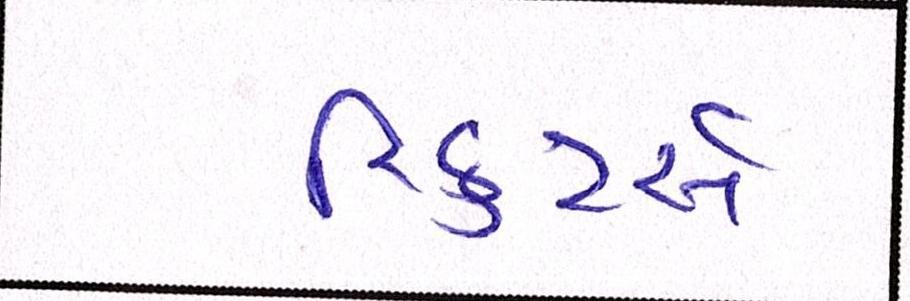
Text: રિક્રુટર્સે